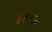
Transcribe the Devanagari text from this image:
हलाइब